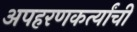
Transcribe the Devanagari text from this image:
अपहरणकर्त्यांची